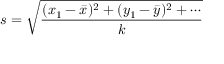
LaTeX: s = { \sqrt { \frac { ( x _ { 1 } - { \bar { x } } ) ^ { 2 } + ( y _ { 1 } - { \bar { y } } ) ^ { 2 } + \cdots } { k } } }